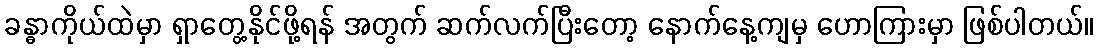
ခန္ဓာကိုယ်ထဲမှာ ရှာတွေ့နိုင်ဖို့ရန် အတွက် ဆက်လက်ပြီးတော့ နောက်နေ့ကျမှ ဟောကြားမှာ ဖြစ်ပါတယ်။